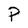
Character: P